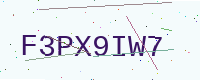
Text: F3PX9IW7